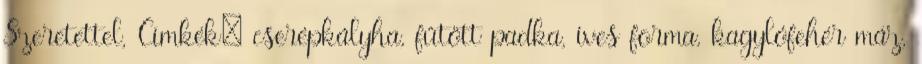
Szeretettel, Címkék: cserépkályha, fűtött padka, íves forma, kagylófehér máz,